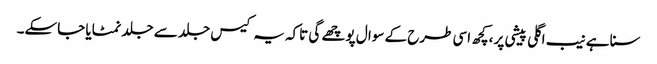
سنا ہے نیب اگلی پیشی پر ،کچھ اسی طرح کے سوا ل پوچھے گی تاکہ یہ کیس جلد سے جلد نمٹایا جاسکے۔